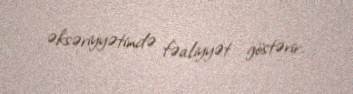
əksəriyyətində fəaliyyət göstərir.